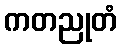
ကတညုတံ